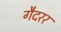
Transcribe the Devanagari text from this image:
गैदरर